Report on vaccination for the Province of Oudh 1872 -
Year: 1872
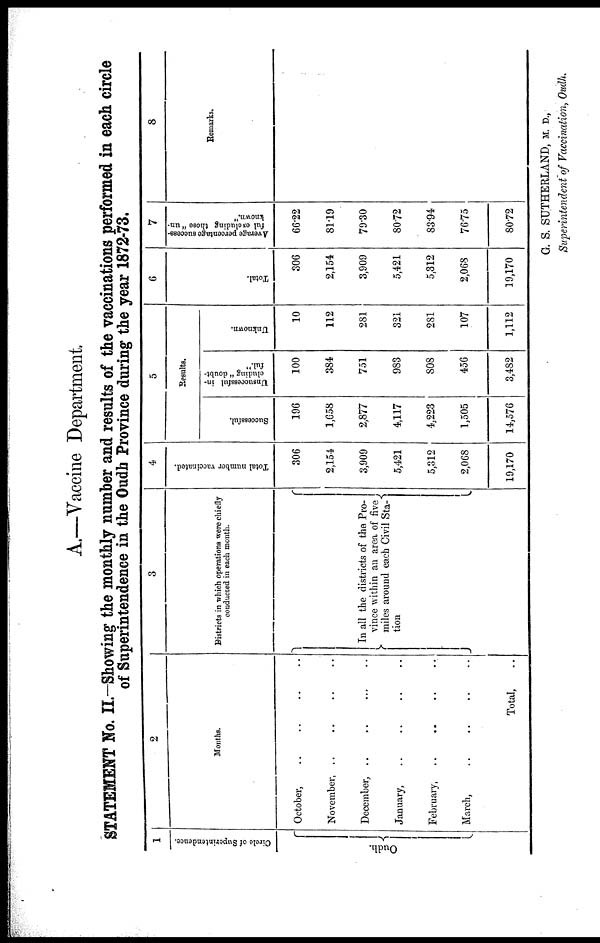
A.—Vaccine Department.
STATEMENT No. II.—Showing the monthly number and results of the vaccinations performed in each circle
of Superintendence in the Oudh Province during the year 1872-73.
1
Circle of Superintendence.
Oudh.
2
Months.
October, .. .. .. ..
November, .. .. .. ..
December, ..
..
... ..
January, .. .. .. ..
February, .. .. .. ..
March,
.. .. .. ..
Total, ..
3
Districts in which operations were chiefly
conducted in each month.
In all the districts of the Pro¬
vince within an area of five
miles around each Civil Sta¬
tion
4
Total number vaccinated.
306
2,154
3,909
5,421
5,312
2,068
19,170
5
Results.
Successful.
196
1,658
2,877
4,117
4,223
1,505
14,576
Unsuccessful in-
cluding " doubt-
ful."
100
384
751
983
808
456
3,482
Unknown.
10
112
281
321
281
107
1,112
6
Total.
306
2,154
3,909
5,421
5,312
2,068
19,170
7
Average percentage success-
ful excluding those" un-
known."
66.22
81.19
79.30
80.72
83.94
76.75
80.72
8
Remarks.
G. S. SUTHERLAND, M. D.,
Superintendent of Vaccination, Oudh.